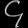
Digit: ၄